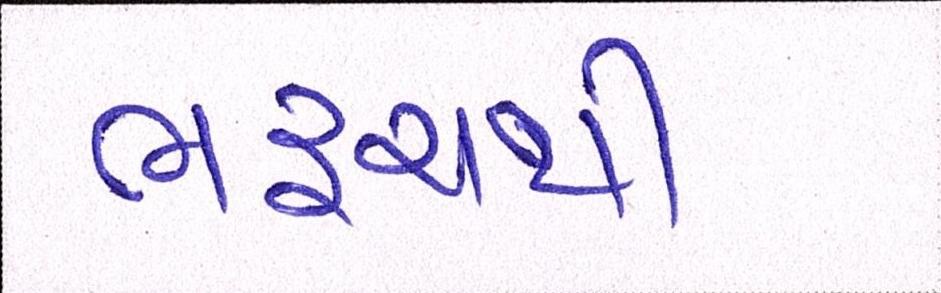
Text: ભરૂચથી